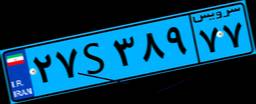
۹۸S۴۳۳۶۱